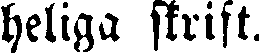
heliga skrift.